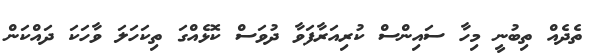
ތެދެއް ތިބުނީ މިހާ ސައިންސް ކުރިއަރާފަވާ ދުވަސް ކޮޅެއްގަ ތިކަހަލަ ވާހަކަ ދައްކަން